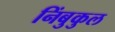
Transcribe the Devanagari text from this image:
निंबुकुल